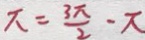
\pi = \frac { 3 \pi } { 2 } - \pi